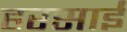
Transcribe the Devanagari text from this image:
हरसाईं